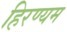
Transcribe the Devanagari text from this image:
हिरण्यम